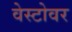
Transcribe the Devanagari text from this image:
वेस्टोवर